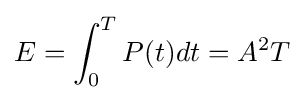
E=\int _{0}^{T}P(t)dt=A^{2}T